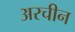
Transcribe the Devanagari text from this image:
अरचीन